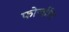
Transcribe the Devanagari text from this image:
फोर्ज्हीम